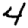
Digit: 4